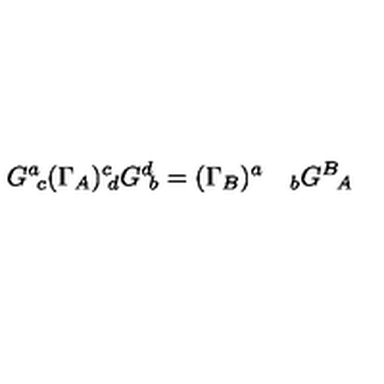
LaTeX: G ^ { a } \! _ { c } ( \Gamma _ { A } ) ^ { c } \! _ { d } G ^ { d } \! _ { b } = ( \Gamma _ { B } ) ^ { a } \quad _ { b } G ^ { B } \! _ { A }